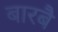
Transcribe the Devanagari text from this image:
बारबै